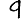
Digit: 9